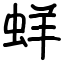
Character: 蛘